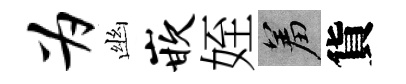
为幽嵌姪羞貨